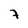
Character: 7